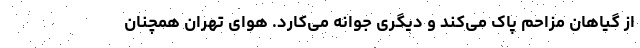
از گیاهان مزاحم پاک می‌کند و دیگری جوانه می‌کارد. هوای تهران همچنان